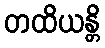
တထိယန္တိ